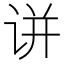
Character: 𬣲